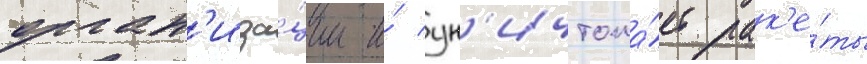
орган'иза́ции и́ ун'ичтожа́ет рак'е́ты